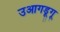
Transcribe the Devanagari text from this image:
उआगडूगू